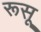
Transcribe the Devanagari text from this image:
रूसू